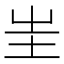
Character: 𡉚